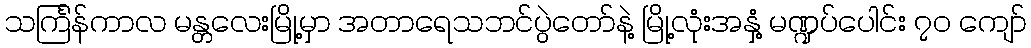
သင်္ကြန်ကာလ မန္တလေးမြို့မှာ အတာရေသဘင်ပွဲတော်နဲ့ မြို့လုံးအနှံ့ မဏ္ဍပ်ပေါင်း ၇၀ ကျော်